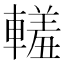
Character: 䡭